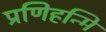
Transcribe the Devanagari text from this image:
प्रणिहन्मि